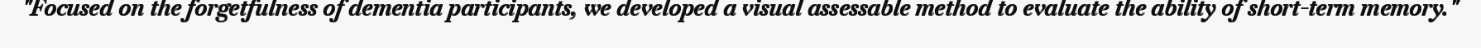
"Focused on the forgetfulness of dementia participants, we developed a visual assessable method to evaluate the ability of short-term memory."